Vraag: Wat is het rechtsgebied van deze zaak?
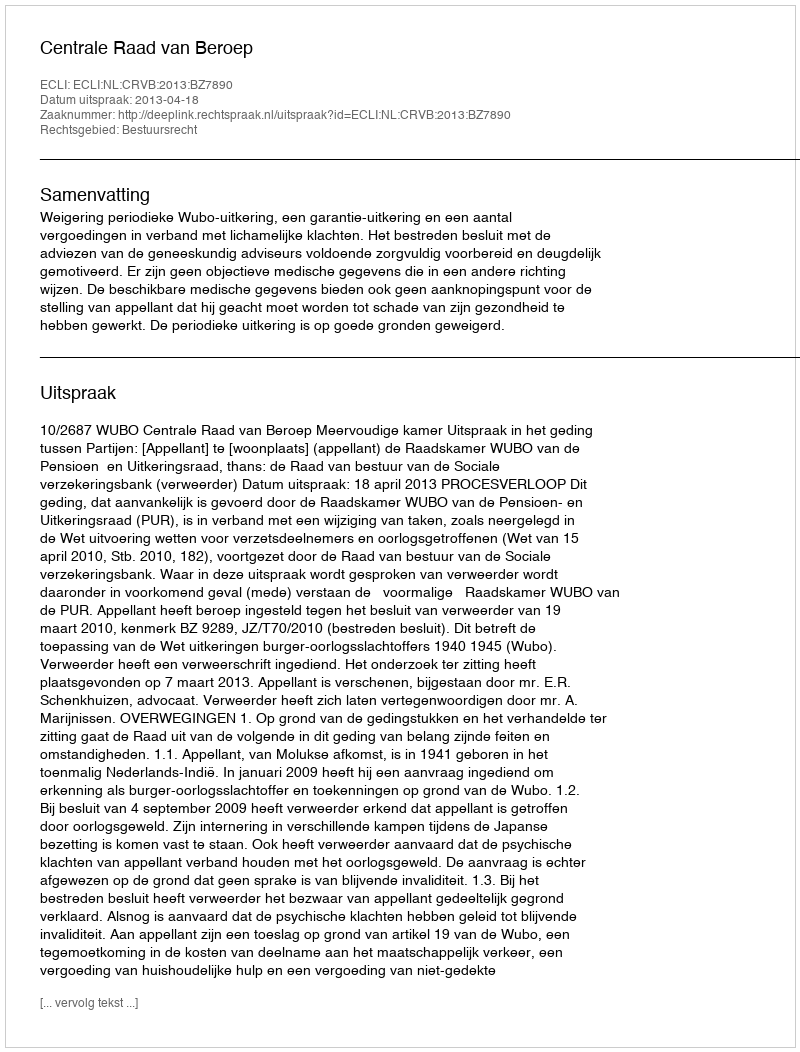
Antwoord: Bestuursrecht